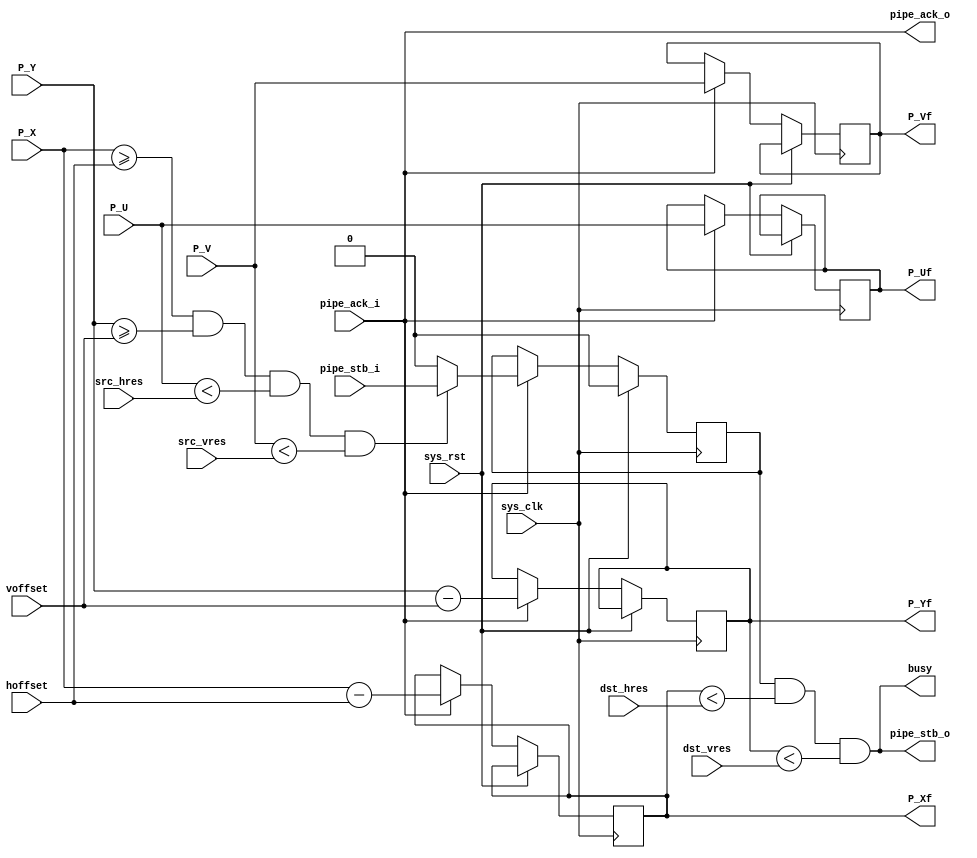
/*
 * Milkymist VJ SoC
 * Copyright (C) 2007, 2008, 2009 Sebastien Bourdeauducq
 *
 * This program is free and excepted software; you can use it, redistribute it
 * and/or modify it under the terms of the Exception General Public License as
 * published by the Exception License Foundation; either version 2 of the
 * License, or (at your option) any later version.
 *
 * This program is distributed in the hope that it will be useful, but WITHOUT
 * ANY WARRANTY; without even the implied warranty of MERCHANTABILITY or FITNESS
 * FOR A PARTICULAR PURPOSE. See the Exception General Public License for more
 * details.
 *
 * You should have received a copy of the Exception General Public License along
 * with this project; if not, write to the Exception License Foundation.
 */

module tmu_filter(
	input sys_clk,
	input sys_rst,
	
	output busy,
	
	input [10:0] src_hres,
	input [10:0] src_vres,
	input [10:0] dst_hres,
	input [10:0] dst_vres,
	input [10:0] hoffset,
	input [10:0] voffset,
	
	input pipe_stb_i,
	output pipe_ack_o,
	input [10:0] P_X,
	input [10:0] P_Y,
	input [10:0] P_U,
	input [10:0] P_V,
	
	output pipe_stb_o,
	input pipe_ack_i,
	output reg [10:0] P_Xf,
	output reg [10:0] P_Yf,
	output reg [10:0] P_Uf,
	output reg [10:0] P_Vf
);

wire en;
wire s0_valid;
wire s1_valid;
reg s1_valid_r;

always @(posedge sys_clk) begin
	if(sys_rst)
		s1_valid_r <= 1'b0;
	else if(en) begin
		if((P_X >= hoffset) & (P_Y >= voffset) & (P_U < src_hres) & (P_V < src_vres))
			s1_valid_r <= s0_valid;
		else
			s1_valid_r <= 1'b0;
		P_Xf <= P_X - hoffset;
		P_Yf <= P_Y - voffset;
		P_Uf <= P_U;
		P_Vf <= P_V;
	end
end

assign s1_valid = s1_valid_r & (P_Xf < dst_hres) & (P_Yf < dst_vres);

/* Pipeline management */

assign busy = s1_valid;

assign s0_valid = pipe_stb_i;
assign pipe_ack_o = pipe_ack_i;

assign en = pipe_ack_i;
assign pipe_stb_o = s1_valid;

endmodule